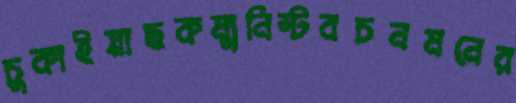
চুকাইয়াছকম্যুনিস্টবচনমনের